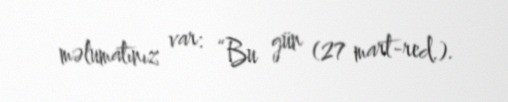
məlumatınız var: “Bu gün (27 mart-red.).